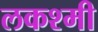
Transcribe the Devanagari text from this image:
लकश्मी